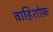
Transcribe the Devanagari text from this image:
वाहिशोफ़